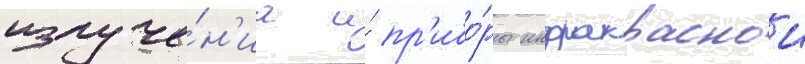
излуче́н'иа и́ пр'ибо́ры инфракраснои